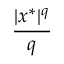
\frac { | x ^ { * } | ^ { q } } { q }